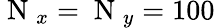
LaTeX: \mathrm{~N~}_{x}=\mathrm{~N~}_{y}=100